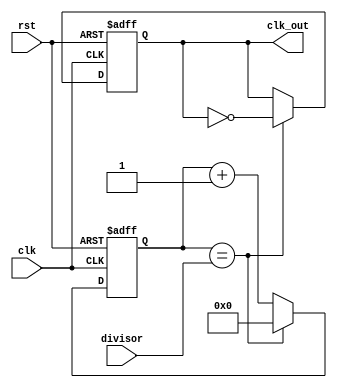
module clock_divider(
    input wire clk,
    input wire rst,
    input wire [7:0] divisor,
    output reg clk_out
);

reg [7:0] count;

always @(posedge clk or posedge rst) begin
    if (rst) begin
        count <= 0;
        clk_out <= 0;
    end else begin
        if (count == divisor) begin
            count <= 0;
            clk_out <= ~clk_out;
        end else begin
            count <= count + 1;
        end
    end
end

endmodule